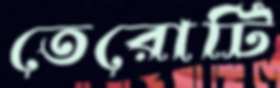
তেরোটি